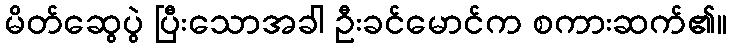
မိတ်ဆွေပွဲ ပြီးသောအခါ ဦးခင်မောင်က စကားဆက်၏။